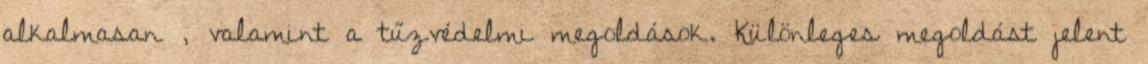
alkalmasan , valamint a tűzvédelmi megoldások. Különleges megoldást jelent